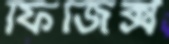
ফিজিক্স